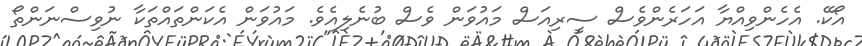
އޯކޭ. އެހެންވިއްޔާ އަހަރެންވެސް ސީރިއަސް މައުވަން ވެސް ބުނެލިއެވެ. މައުވަން އެކަންތައްތަކާ ނުވިސްނަންތޯ